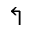
\Lsh